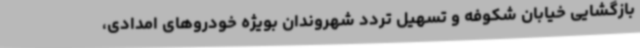
بازگشایی خیابان شکوفه و تسهیل تردد شهروندان بویژه خودروهای امدادی،